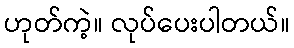
ဟုတ်ကဲ့။ လုပ်ပေးပါတယ်။